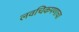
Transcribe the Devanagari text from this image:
लवचिकपणाचा